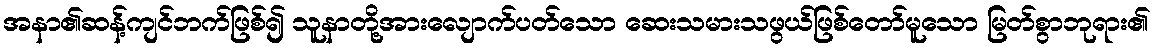
အနာ၏ဆန့်ကျင်ဘက်ဖြစ်၍ သူနာတို့အားလျောက်ပတ်သော ဆေးသမားသဖွယ်ဖြစ်တော်မူသော မြတ်စွာဘုရား၏